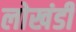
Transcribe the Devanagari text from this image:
लाेखंडी